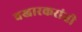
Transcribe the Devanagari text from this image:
वखारकरांती